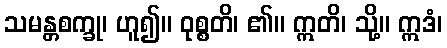
သမန္တစက္ခု၊ ဟူ၍။ ဝုစ္စတိ၊ ၏။ ဣတိ၊ သို့။ ဣဒံ၊